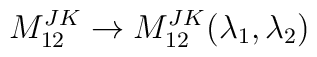
M^{JK}_{12} \rightarrow M^{JK}_{12}(\lambda_1,\lambda_2)